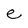
Character: e